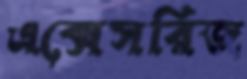
এক্সেসরিজ